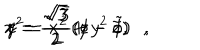
x = \frac { \sqrt { 3 } } { 2 } ( \phi - \tilde { \phi } ) , \hspace { . 1 i n } y = \frac { \sqrt { 3 } } { 2 } ( z - \tilde { z } ) , \hspace { . 1 i n } r ^ { 2 } = x ^ { 2 } + y ^ { 2 } , \nonumber